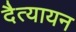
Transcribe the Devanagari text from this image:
दैत्यायन